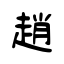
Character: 趙